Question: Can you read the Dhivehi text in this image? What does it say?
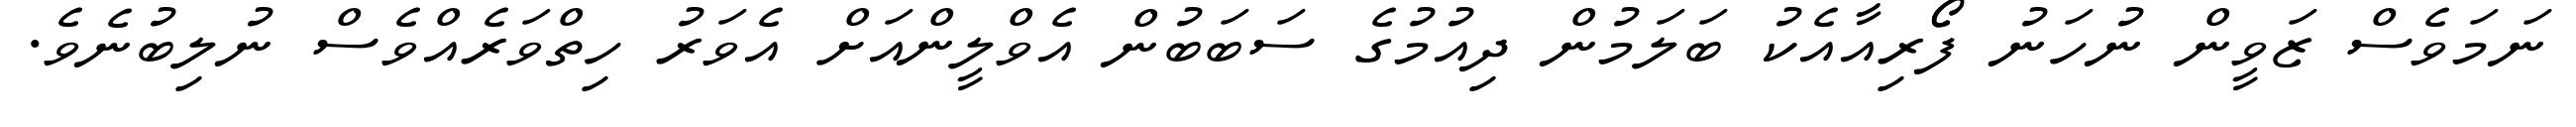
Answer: ނަމަވެސް ޒަވީން ނުހަނު ފޯޯރިއާއެކު ބަލަމުން ދިއުމުގެ ސަބަބުން އެވްލީންއަށް އެވަރު ހިތްވަރެއްވެސް ނުލިބުނެވެ.